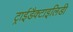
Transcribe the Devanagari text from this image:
ट्राईडैक्टाइलिडी